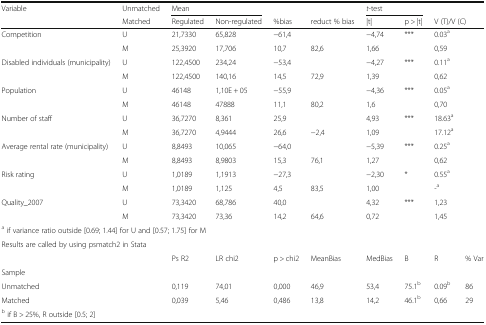
<table><thead><tr><td><b>Variable</b></td><td><b>Unmatched</b></td><td colspan="2"><b>Mean</b></td><td></td><td></td><td colspan="2"><b><i>t</i>-test</b></td><td></td><td></td></tr><tr><td></td><td><b>Matched</b></td><td><b>Regulated</b></td><td><b>Non-regulated</b></td><td><b>%bias</b></td><td><b>reduct % bias</b></td><td><b>|t|</b></td><td><b>p &gt; |t|</b></td><td colspan="2"><b>V (T)/V (C)</b></td></tr></thead><tbody><tr><td>Competition</td><td>U</td><td>21,7330</td><td>65,828</td><td>−61,4</td><td></td><td>−4,74</td><td>***</td><td>0.03<sup>a</sup></td><td></td></tr><tr><td></td><td>M</td><td>25,3920</td><td>17,706</td><td>10,7</td><td>82,6</td><td>1,66</td><td></td><td>0,59</td><td></td></tr><tr><td>Disabled individuals (municipality)</td><td>U</td><td>122,4500</td><td>234,24</td><td>−53,4</td><td></td><td>−4,27</td><td>***</td><td>0.11<sup>a</sup></td><td></td></tr><tr><td></td><td>M</td><td>122,4500</td><td>140,16</td><td>14,5</td><td>72,9</td><td>1,39</td><td></td><td>0,62</td><td></td></tr><tr><td>Population</td><td>U</td><td>46148</td><td>1,10E + 05</td><td>−55,9</td><td></td><td>−4,36</td><td>***</td><td>0.05<sup>a</sup></td><td></td></tr><tr><td></td><td>M</td><td>46148</td><td>47888</td><td>11,1</td><td>80,2</td><td>1,6</td><td></td><td>0,70</td><td></td></tr><tr><td>Number of staff</td><td>U</td><td>36,7270</td><td>8,361</td><td>25,9</td><td></td><td>4,93</td><td>***</td><td>18.63<sup>a</sup></td><td></td></tr><tr><td></td><td>M</td><td>36,7270</td><td>4,9444</td><td>26,6</td><td>−2,4</td><td>1,09</td><td></td><td>17.12<sup>a</sup></td><td></td></tr><tr><td>Average rental rate (municipality)</td><td>U</td><td>8,8493</td><td>10,065</td><td>−64,0</td><td></td><td>−5,39</td><td>***</td><td>0.25<sup>a</sup></td><td></td></tr><tr><td></td><td>M</td><td>8,8493</td><td>8,9803</td><td>15,3</td><td>76,1</td><td>1,27</td><td></td><td>0,62</td><td></td></tr><tr><td>Risk rating</td><td>U</td><td>1,0189</td><td>1,1913</td><td>−27,3</td><td></td><td>−2,30</td><td>*</td><td>0.55<sup>a</sup></td><td></td></tr><tr><td></td><td>M</td><td>1,0189</td><td>1,125</td><td>4,5</td><td>83,5</td><td>1,00</td><td></td><td>-<sup>a</sup></td><td></td></tr><tr><td>Quality_2007</td><td>U</td><td>73,3420</td><td>68,786</td><td>40,0</td><td></td><td>4,32</td><td>***</td><td>1,23</td><td></td></tr><tr><td></td><td>M</td><td>73,3420</td><td>73,36</td><td>14,2</td><td>64,6</td><td>0,72</td><td></td><td>1,45</td><td></td></tr><tr><td colspan="10"><sup>a</sup> if variance ratio outside [0.69; 1.44] for U and [0.57; 1.75] for M</td></tr><tr><td colspan="10">Results are called by using psmatch2 in Stata</td></tr><tr><td></td><td></td><td>Ps R2</td><td>LR chi2</td><td>p &gt; chi2</td><td>MeanBias</td><td>MedBias</td><td>B</td><td>R</td><td>% Var</td></tr><tr><td colspan="10">Sample</td></tr><tr><td>Unmatched</td><td></td><td>0,119</td><td>74,01</td><td>0,000</td><td>46,9</td><td>53,4</td><td>75.1<sup>b</sup></td><td>0.09<sup>b</sup></td><td>86</td></tr><tr><td>Matched</td><td></td><td>0,039</td><td>5,46</td><td>0,486</td><td>13,8</td><td>14,2</td><td>46.1<sup>b</sup></td><td>0,66</td><td>29</td></tr><tr><td colspan="10"><sup>b</sup> if B &gt; 25%, R outside [0.5; 2]</td></tr></tbody></table>